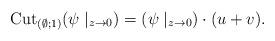
LaTeX: \begin{align*}{\rm Cut}_{(\emptyset;1)}(\psi\mid_{z\to0})=(\psi\mid_{z\to0})\cdot(u+v).\end{align*}